Elephants and their diseases
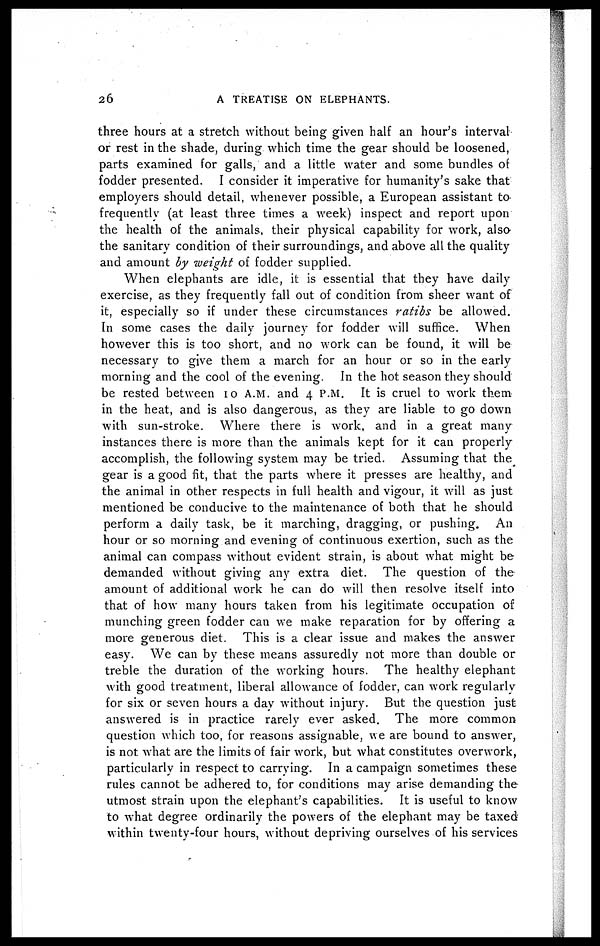
26
A TREATISE ON ELEPHANTS.
three hours at a stretch without being given half an hour's interval
or rest in the shade, during which time the gear should be loosened,
parts examined for galls, and a little water and some bundles of
fodder presented. I consider it imperative for humanity's sake that
employers should detail, whenever possible, a European assistant to
frequently (at least three times a week) inspect and report upon
the health of the animals, their physical capability for work, also
the sanitary condition of their surroundings, and above all the quality
and amount by weight of fodder supplied.
When elephants are idle, it is essential that they have daily
exercise, as they frequently fall out of condition from sheer want of
it, especially so if under these circumstances ratibs be allowed.
In some cases the daily journey for fodder will suffice. When
however this is too short, and no work can be found, it will be
necessary to give them a march for an hour or so in the early
morning and the cool of the evening. In the hot season they should
be rested between 10 A.M. and 4 P.M. It is cruel to work them
in the heat, and is also dangerous, as they are liable to go down
with sun-stroke. Where there is work, and in a great many
instances there is more than the animals kept for it can properly
accomplish, the following system may be tried. Assuming that the
gear is a good fit, that the parts where it presses are healthy, and
the animal in other respects in full health and vigour, it will as just
mentioned be conducive to the maintenance of both that he should
perform a daily task, be it marching, dragging, or pushing. An
hour or so morning and evening of continuous exertion, such as the
animal can compass without evident strain, is about what might be
demanded without giving any extra diet. The question of the
amount of additional work he can do will then resolve itself into
that of how many hours taken from his legitimate occupation of
munching green fodder can we make reparation for by offering a
more generous diet. This is a clear issue and makes the answer
easy. We can by these means assuredly not more than double or
treble the duration of the working hours. The healthy elephant
with good treatment, liberal allowance of fodder, can work regularly
for six or seven hours a day without injury. But the question just
answered is in practice rarely ever asked. The more common
question which too, for reasons assignable, we are bound to answer,
is not what are the limits of fair work, but what constitutes overwork,
particularly in respect to carrying. In a campaign sometimes these
rules cannot be adhered to, for conditions may arise demanding the
utmost strain upon the elephant's capabilities. It is useful to know
to what degree ordinarily the powers of the elephant may be taxed
within twenty-four hours, without depriving ourselves of his services